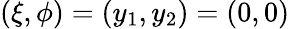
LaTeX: (\xi,\phi)=(y_{1},y_{2})=(0,0)